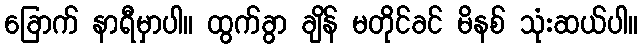
ခြောက် နာရီမှာပါ။ ထွက်ခွာ ချိန် မတိုင်ခင် မိနစ် သုံးဆယ်ပါ။